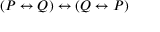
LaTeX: ( P \leftrightarrow Q ) \leftrightarrow ( Q \leftrightarrow P )